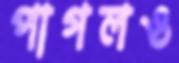
পাগলও